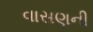
વાસણની